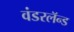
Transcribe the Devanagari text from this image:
वंडरलॅन्ड